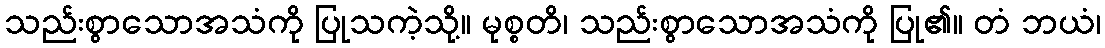
သည်းစွာသောအသံကို ပြုသကဲ့သို့။ မုစ္စတိ၊ သည်းစွာသောအသံကို ပြု၏။ တံ ဘယံ၊